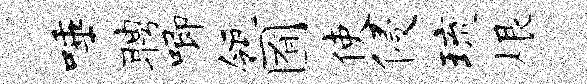
唾聘唧瓴囿使侵琉根